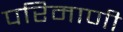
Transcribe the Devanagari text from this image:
परिमाणी